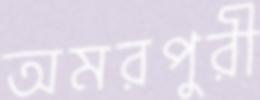
অমরপুরী